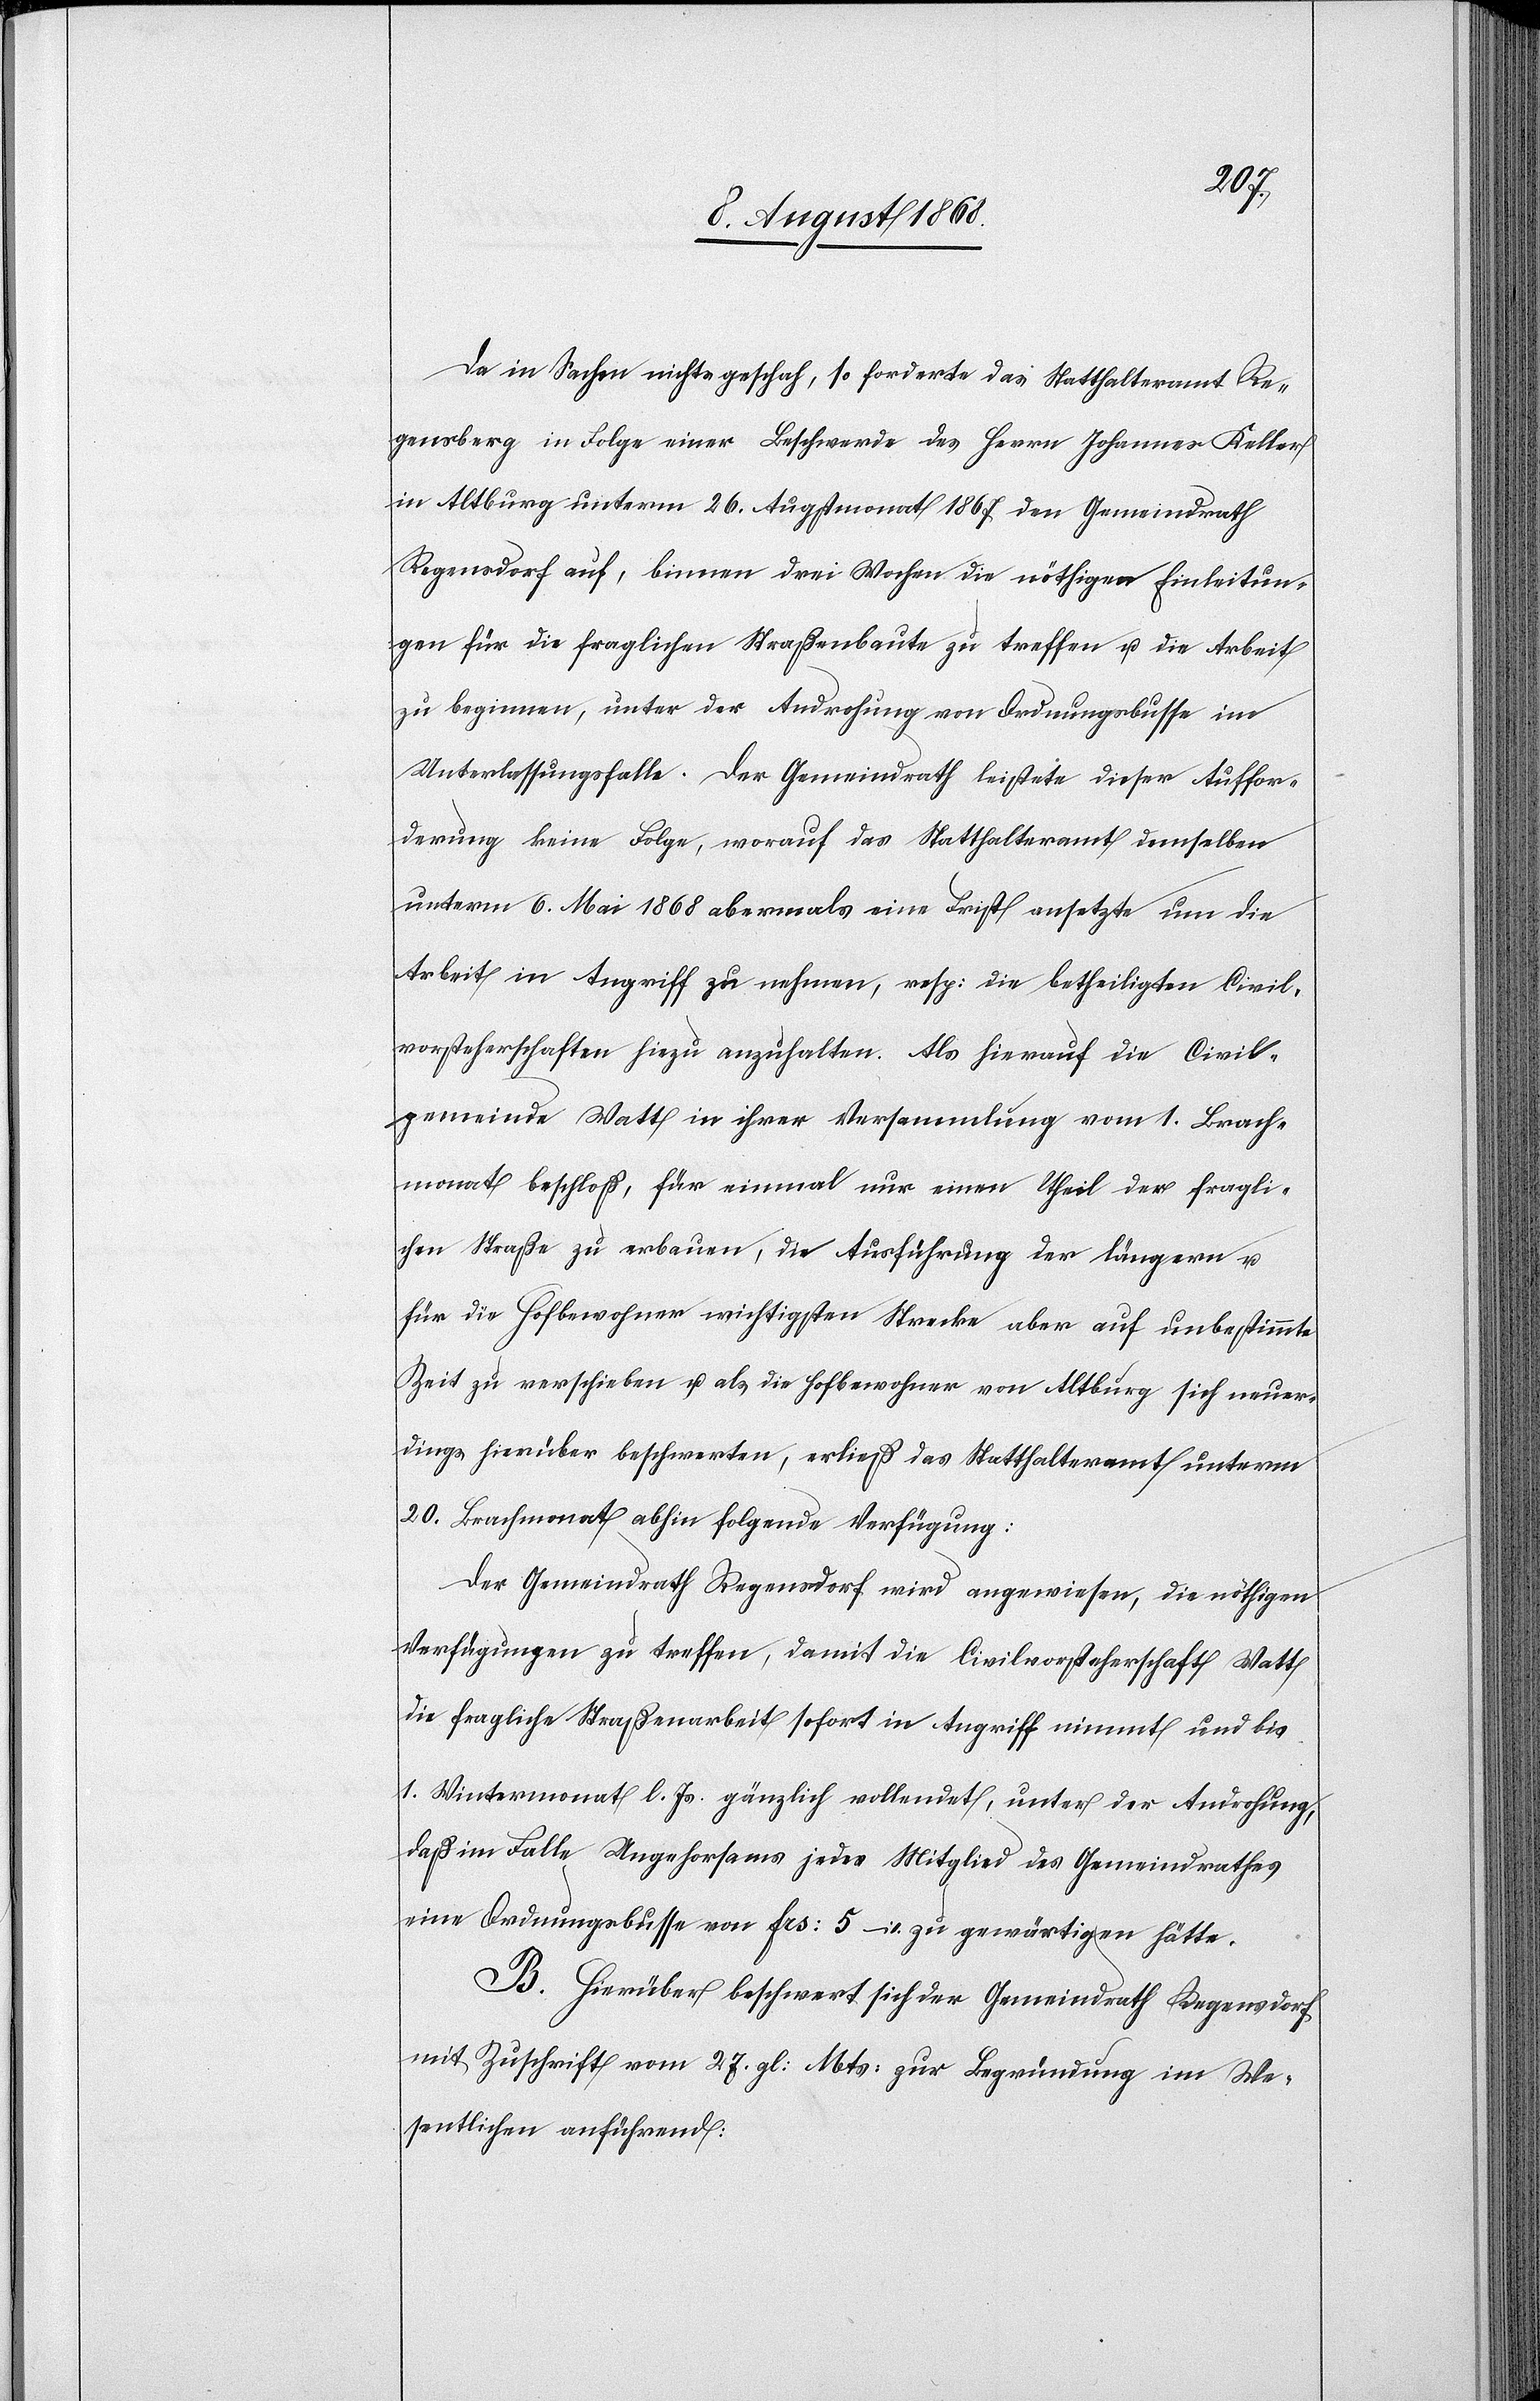
Da in Sachen nichts geschah, so forderte das Statthalteramt Re¬
gensberg in Folge einer Beschwerde des Herrn Johannes Keller
in Altburg unterm 26. Augstmonat 1867 den Gemeindrath
Regensdorf auf, binnen drei Wochen die nöthigen Einleitun¬
gen für die fraglichen [sic!] Straßenbaute zu treffen u. die Arbeit
zu beginnen, unter der Androhung von Ordnungsbusse im
Unterlassungsfalle. Der Gemeindrath leistete dieser Auffor¬
derung keine Folge, worauf das Statthalteramt demselben
unterm 6. Mai 1868 abermals eine Frist ansetzte um die
Arbeit in Angriff zu nehmen, resp: die betheiligten Civil¬
vorsteherschaften hiezu anzuhalten. Als hierauf die Civil¬
gemeinde Watt in ihrer Versammlung vom 1. Brach¬
monat beschloß, für einmal nur einen Theil der fragli¬
chen Straße zu erbauen, die Ausführung der längern u.
für die Hofbewohner wichtigsten Strecke aber auf unbestimmte
Zeit zu verschieben u. als die Hofbewohner von Altburg sich neuer¬
dings hierüber beschwerten, erließ das Statthalteramt unterm
20. Brachmonat abhin folgende Verfügung:
Der Gemeindrath Regensdorf wird angewiesen, die nöthigen
Verfügungen zu treffen, damit die Civilvorsteherschaft Watt
die fragliche Straßenarbeit sofort in Angriff nimmt und bis
1. Wintermonat l. Js. gänzlich vollendet, unter der Androhung,
daß im Falle Ungehorsams jedes Mitglied des Gemeindrathes
eine Ordnungsbusse von Frs: 5 – zu gewärtigen hätte.
B. Hierüber beschwert sich der Gemeindrath Regensdorf
mit Zuschrift vom 27. gl: Mts: zur Begründung im We¬
sentlichen anführend: